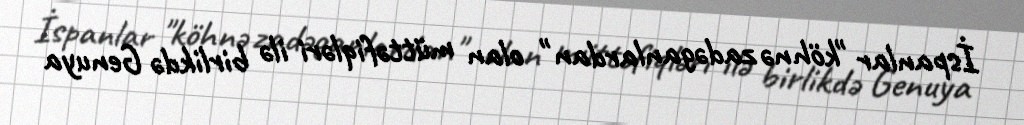
İspanlar "köhnə zadəganlardan" olan müttəfiqləri ilə birlikdə Genuya